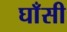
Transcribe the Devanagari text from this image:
घाँसी